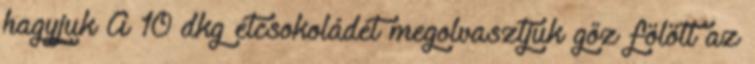
hagyjuk A 10 dkg étcsokoládét megolvasztjuk gőz fölött az